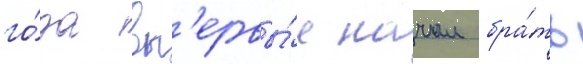
го́да вп'ервы́е начал бра́ть